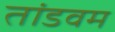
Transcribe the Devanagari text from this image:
तांडवम